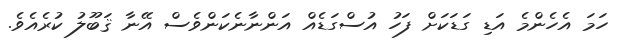
ހަމަ އެހެންމެ އަޑި ގަޑަކަށް ފަހު އުސްގަޑެއް އަންނާނެކަންވެސް އޭނާ ޤަބޫލު ކުރެއެވެ.